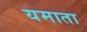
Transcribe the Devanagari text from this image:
यमाता